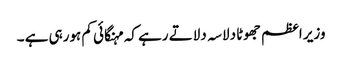
وزیر اعظم جھوٹا دلاسہ دلاتے رہے کہ مہنگائی کم ہورہی ہے ۔